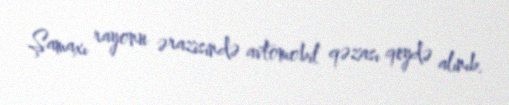
Şamaxı rayonu ərazisində avtomobil qəzası qeydə alınıb.